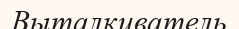
Выталкиватель